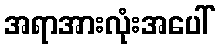
အရာအားလုံးအပေါ်